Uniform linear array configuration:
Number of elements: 32
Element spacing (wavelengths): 0.75
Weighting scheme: hamming
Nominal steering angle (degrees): -30
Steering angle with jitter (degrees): -28.056
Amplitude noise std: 0.05
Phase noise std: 0.05

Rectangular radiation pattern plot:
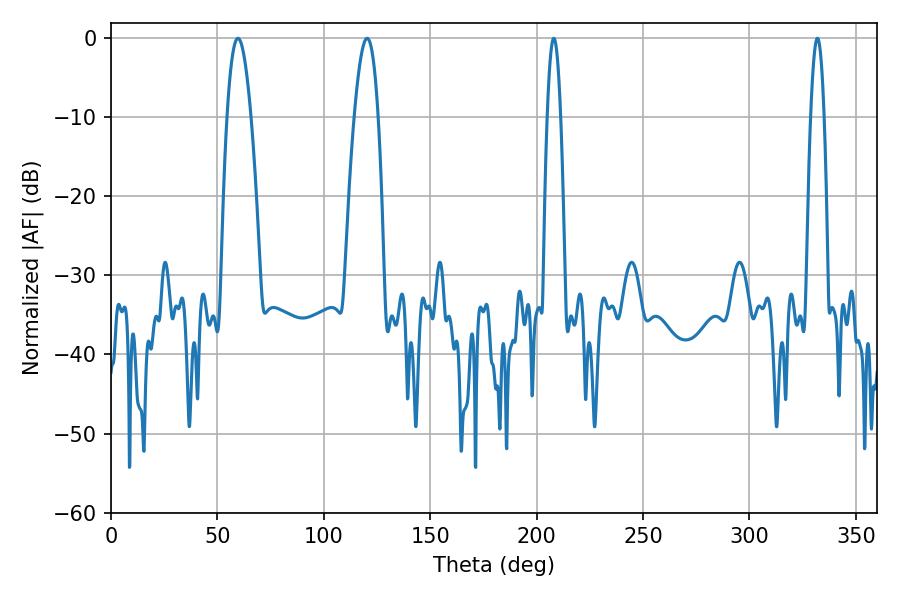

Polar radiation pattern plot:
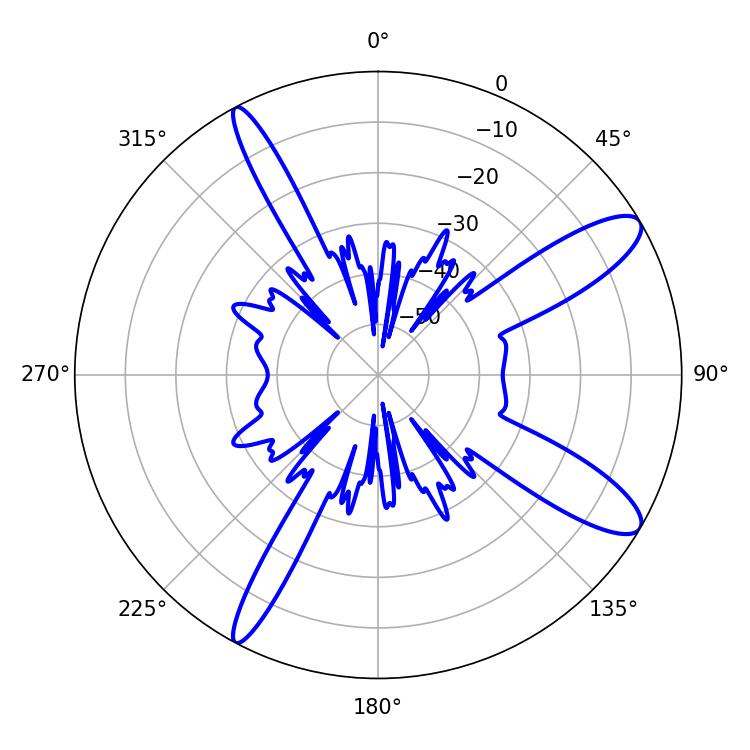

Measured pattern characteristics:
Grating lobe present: TRUE
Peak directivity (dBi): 11.579
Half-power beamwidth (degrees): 3.42
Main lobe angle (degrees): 208.08